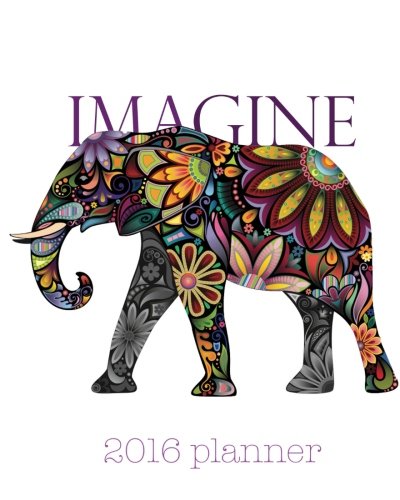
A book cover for Imagine: 2016 planner (L. Bragonier Designs); L. Bragonier; Self-Help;